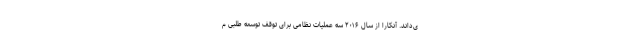
ی‌داند. آنکارا از سال ۲۰۱۶ سه عملیات نظامی برای توقف توسعه طلبی م